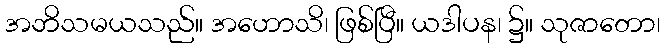
အဘိသမယသည်။ အဟောသိ၊ ဖြစ်ပြီ။ ယဒါပန၊ ၌။ သုဇာတော၊